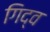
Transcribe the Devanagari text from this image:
गिद्व